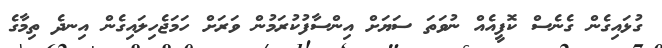
ގުޅައިގެން ގެނެސް ކޮފީއެއް ނުވަތަ ސަޔަށް އިންސާފުކުރަމުން ވަރަށް ހަމަޖެހިލައިގެން އިނދެ ތިމާގެ